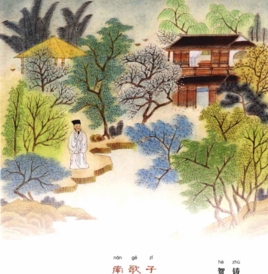
疏雨池塘见，微风襟袖知。